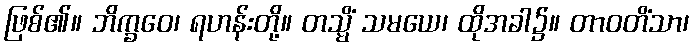
ဖြစ်၏။ ဘိက္ခဝေ၊ ရဟန်းတို့။ တသ္မိံ သမယေ၊ ထိုအခါ၌။ တာဝတိံသာ၊